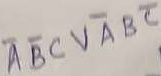
Text: ABCVABC